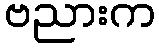
ဗညားက